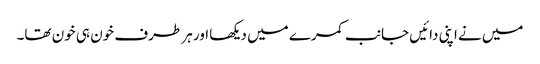
میں نے اپنی دائیں جانب کمرے میں دیکھا اور ہر طرف خون ہی خون تھا۔